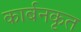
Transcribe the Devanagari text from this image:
कार्बनकृत